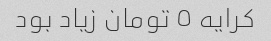
کرایه ٥ تومان زیاد بود